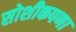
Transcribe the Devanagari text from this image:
सोशीकपणा